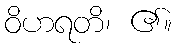
ဝိဟရတိ၊ ၏။